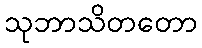
သုဘာသိတတော